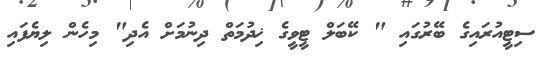
ސިޓީއުރައިގެ ބޭރުގައި " ކޭބަލް ޓީވީގެ ޚިދުމަތް ދިނުމަށް އެދި" މިހެން ލިޔެފައި